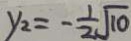
y _ { 2 } = - \frac { 1 } { 2 } \sqrt { 1 0 }